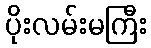
ပိုးလမ်းမကြီး